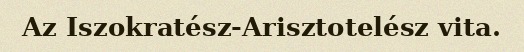
Az Iszokratész-Arisztotelész vita.